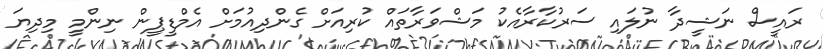
ރައީސް ނަޝީދާ ނުލައި ސަރުކާރާއެކު މަޝްވަރާތައް ކުރިއަށް ގެންދިއުމަށް އެމްޑީޕީން ނިންމީ މިދިޔަ